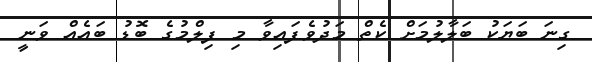
ގިނަ ބަޔަކު ބަލާލުމަށް ކެތް މަދުވެފައިވާ މި ފިލްމުގެ ބޮޑު ބައެއް ވަނީ